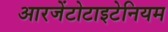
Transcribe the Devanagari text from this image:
आरजेंटोटाइटेनियम